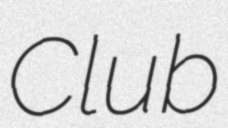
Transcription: Club